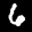
Label: 6